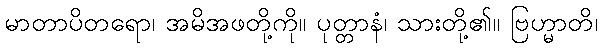
မာတာပိတရော၊ အမိအဖတို့ကို။ ပုတ္တာနံ၊ သားတို့၏။ ဗြဟ္မာတိ၊